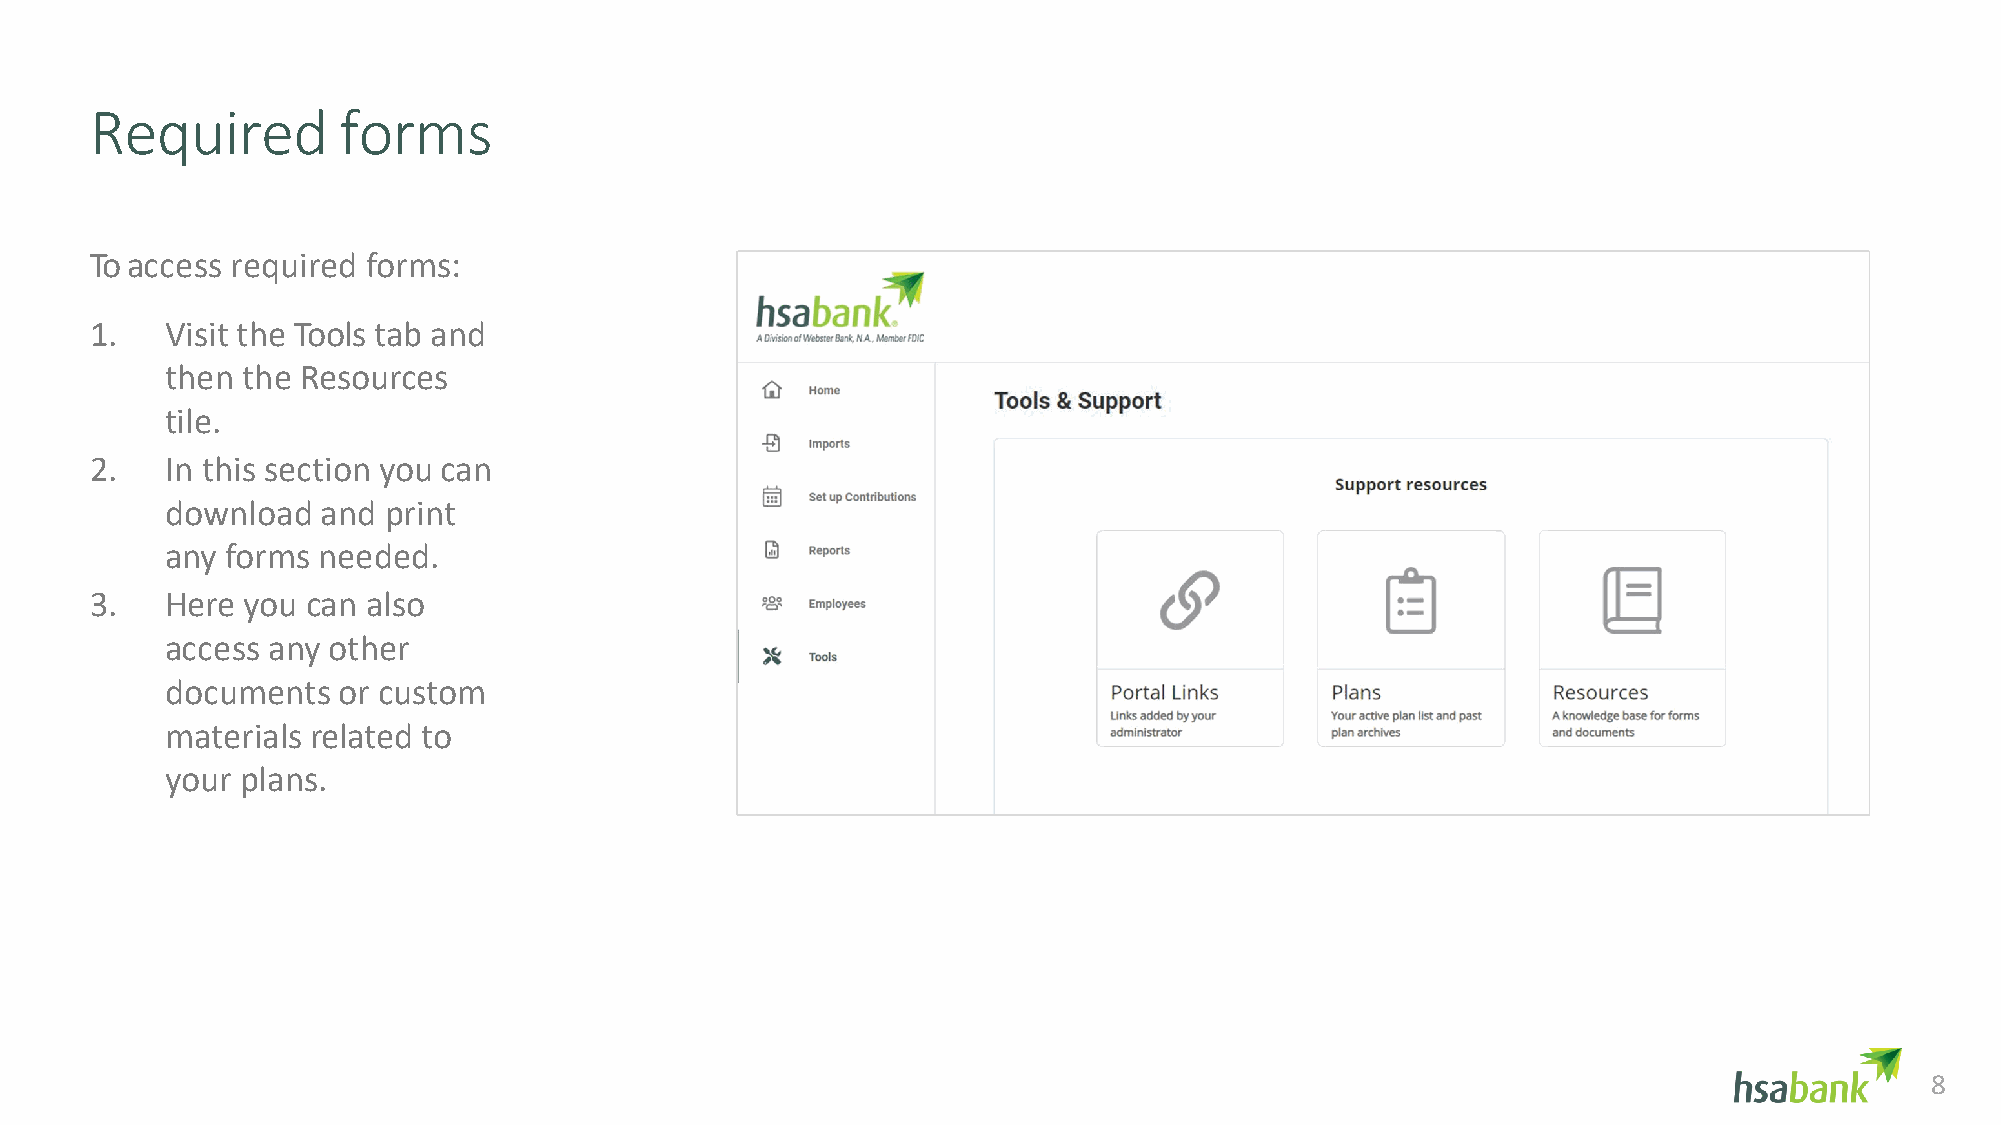
Required        forms
 To access required forms:
 1.   Visit the Tools tab and
 then the Resources
 tile.
 2.   In this section you can
 download  and print
 any forms needed.
 3.   Here you can also
 access any other
 documents  or custom
 materials related to
 your plans.
 8